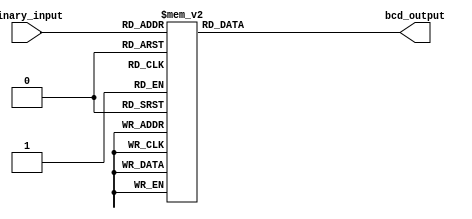
module bcd_decoder (
    input [3:0] binary_input,
    output reg [6:0] bcd_output
);

always @(*) begin
    case(binary_input)
        4'b0000: bcd_output = 7'b1000000; // Display '0'
        4'b0001: bcd_output = 7'b1111001; // Display '1'
        4'b0010: bcd_output = 7'b0100100; // Display '2'
        4'b0011: bcd_output = 7'b0110000; // Display '3'
        4'b0100: bcd_output = 7'b0011001; // Display '4'
        4'b0101: bcd_output = 7'b0010010; // Display '5'
        4'b0110: bcd_output = 7'b0000010; // Display '6'
        4'b0111: bcd_output = 7'b1111000; // Display '7'
        4'b1000: bcd_output = 7'b0000000; // Display '8'
        4'b1001: bcd_output = 7'b0010000; // Display '9'
        default: bcd_output = 7'b0000000; // Default to display '0'
    endcase
end

endmodule